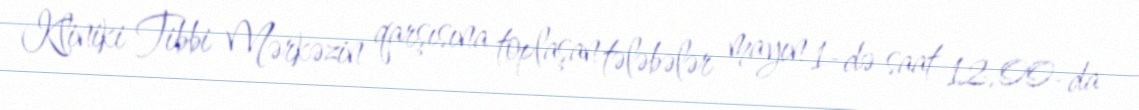
Kliniki Tibbi Mərkəzin qarşısına toplaşan tələbələr mayın 1-də saat 12.00-da